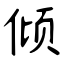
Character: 倾